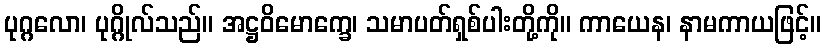
ပုဂ္ဂလော၊ ပုဂ္ဂိုလ်သည်။ အဋ္ဌဝိမောက္ခေ၊ သမာပတ်ရှစ်ပါးတို့ကို။ ကာယေန၊ နာမကာယဖြင့်။